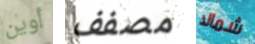
أوين مصفف شمالا